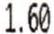
1.60